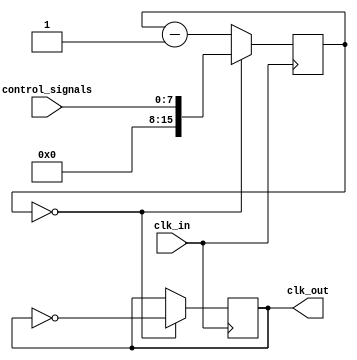
module fractional_clock_divider(
    input wire clk_in,
    input wire [7:0] control_signals,
    output reg clk_out
);

reg [15:0] counter;

always @(posedge clk_in) begin
    if (counter == 16'd0) begin
        counter <= control_signals;
        clk_out <= ~clk_out;
    end else begin
        counter <= counter - 1;
    end
end

endmodule